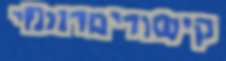
קישוריםרווחי